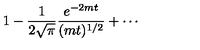
1 - \frac { 1 } { 2 \sqrt { \pi } } \frac { e ^ { - 2 m t } } { ( m t ) ^ { 1 / 2 } } + \cdots